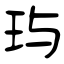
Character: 玙